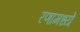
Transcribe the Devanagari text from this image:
रणामध्ये